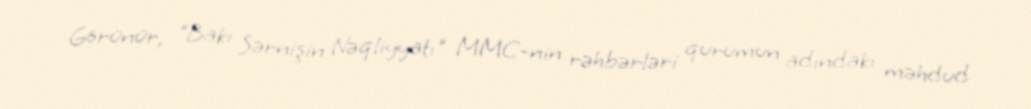
Görünür, "Bakı Sərnişin Nəqliyyatı" MMC-nin rəhbərləri qurumun adındakı məhdud